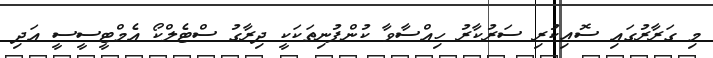
މި ގަރާރުގައި ސޮއިކުރި ސަރުކާރު ހިއްސާވާ ކުންފުނިތަކަކީ ދިރާގު ސްޓެލްކޯ އެމްޓީސީސީ އަދި